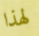
لهذا